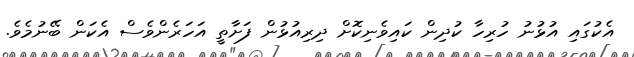
އެކުގައި އުޅުނު ހުރިހާ ކުދިން ކައިވެނިކޮށް ދިރިއުޅުން ފަށާތީ އަހަރެންވެސް އެކަން ބޭނުމެވެ.